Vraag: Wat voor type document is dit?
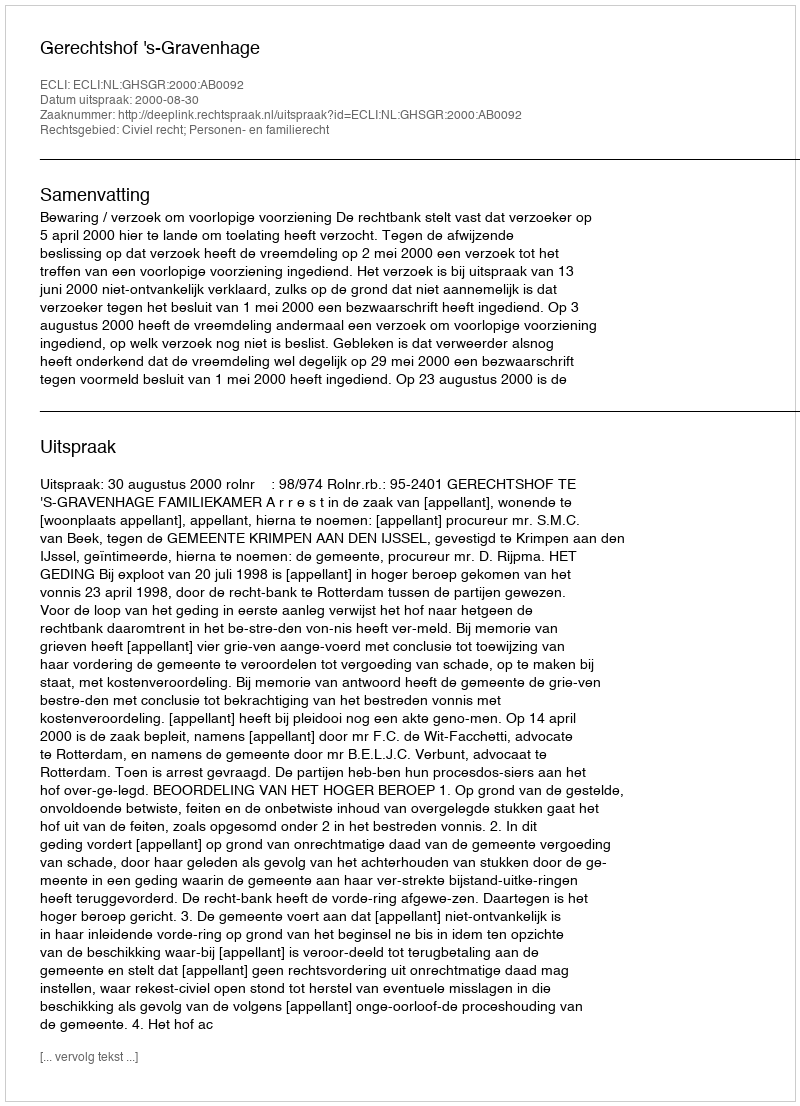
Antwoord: Uitspraak